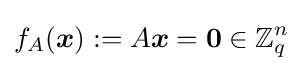
f_{A}({\boldsymbol {x}}):=A{\boldsymbol {x}}={\boldsymbol {0}}\in \mathbb {Z} _{q}^{n}